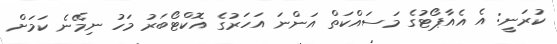
ކުރަނީ: އެ އެއާޕޯޓުގެ މަސައްކަތް އަންނަ އަހަރުގެ އޮކްޓޯބަރު މަހު ނިމޭނެ ކަމަށް